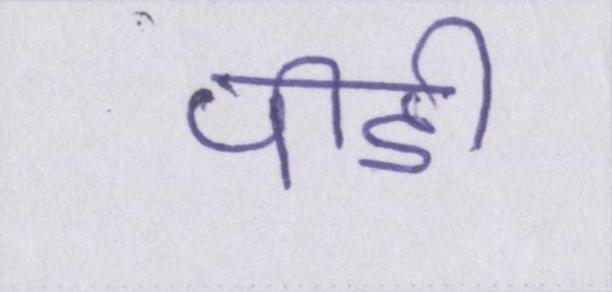
पीडी